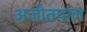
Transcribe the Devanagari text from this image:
अजीतपाल